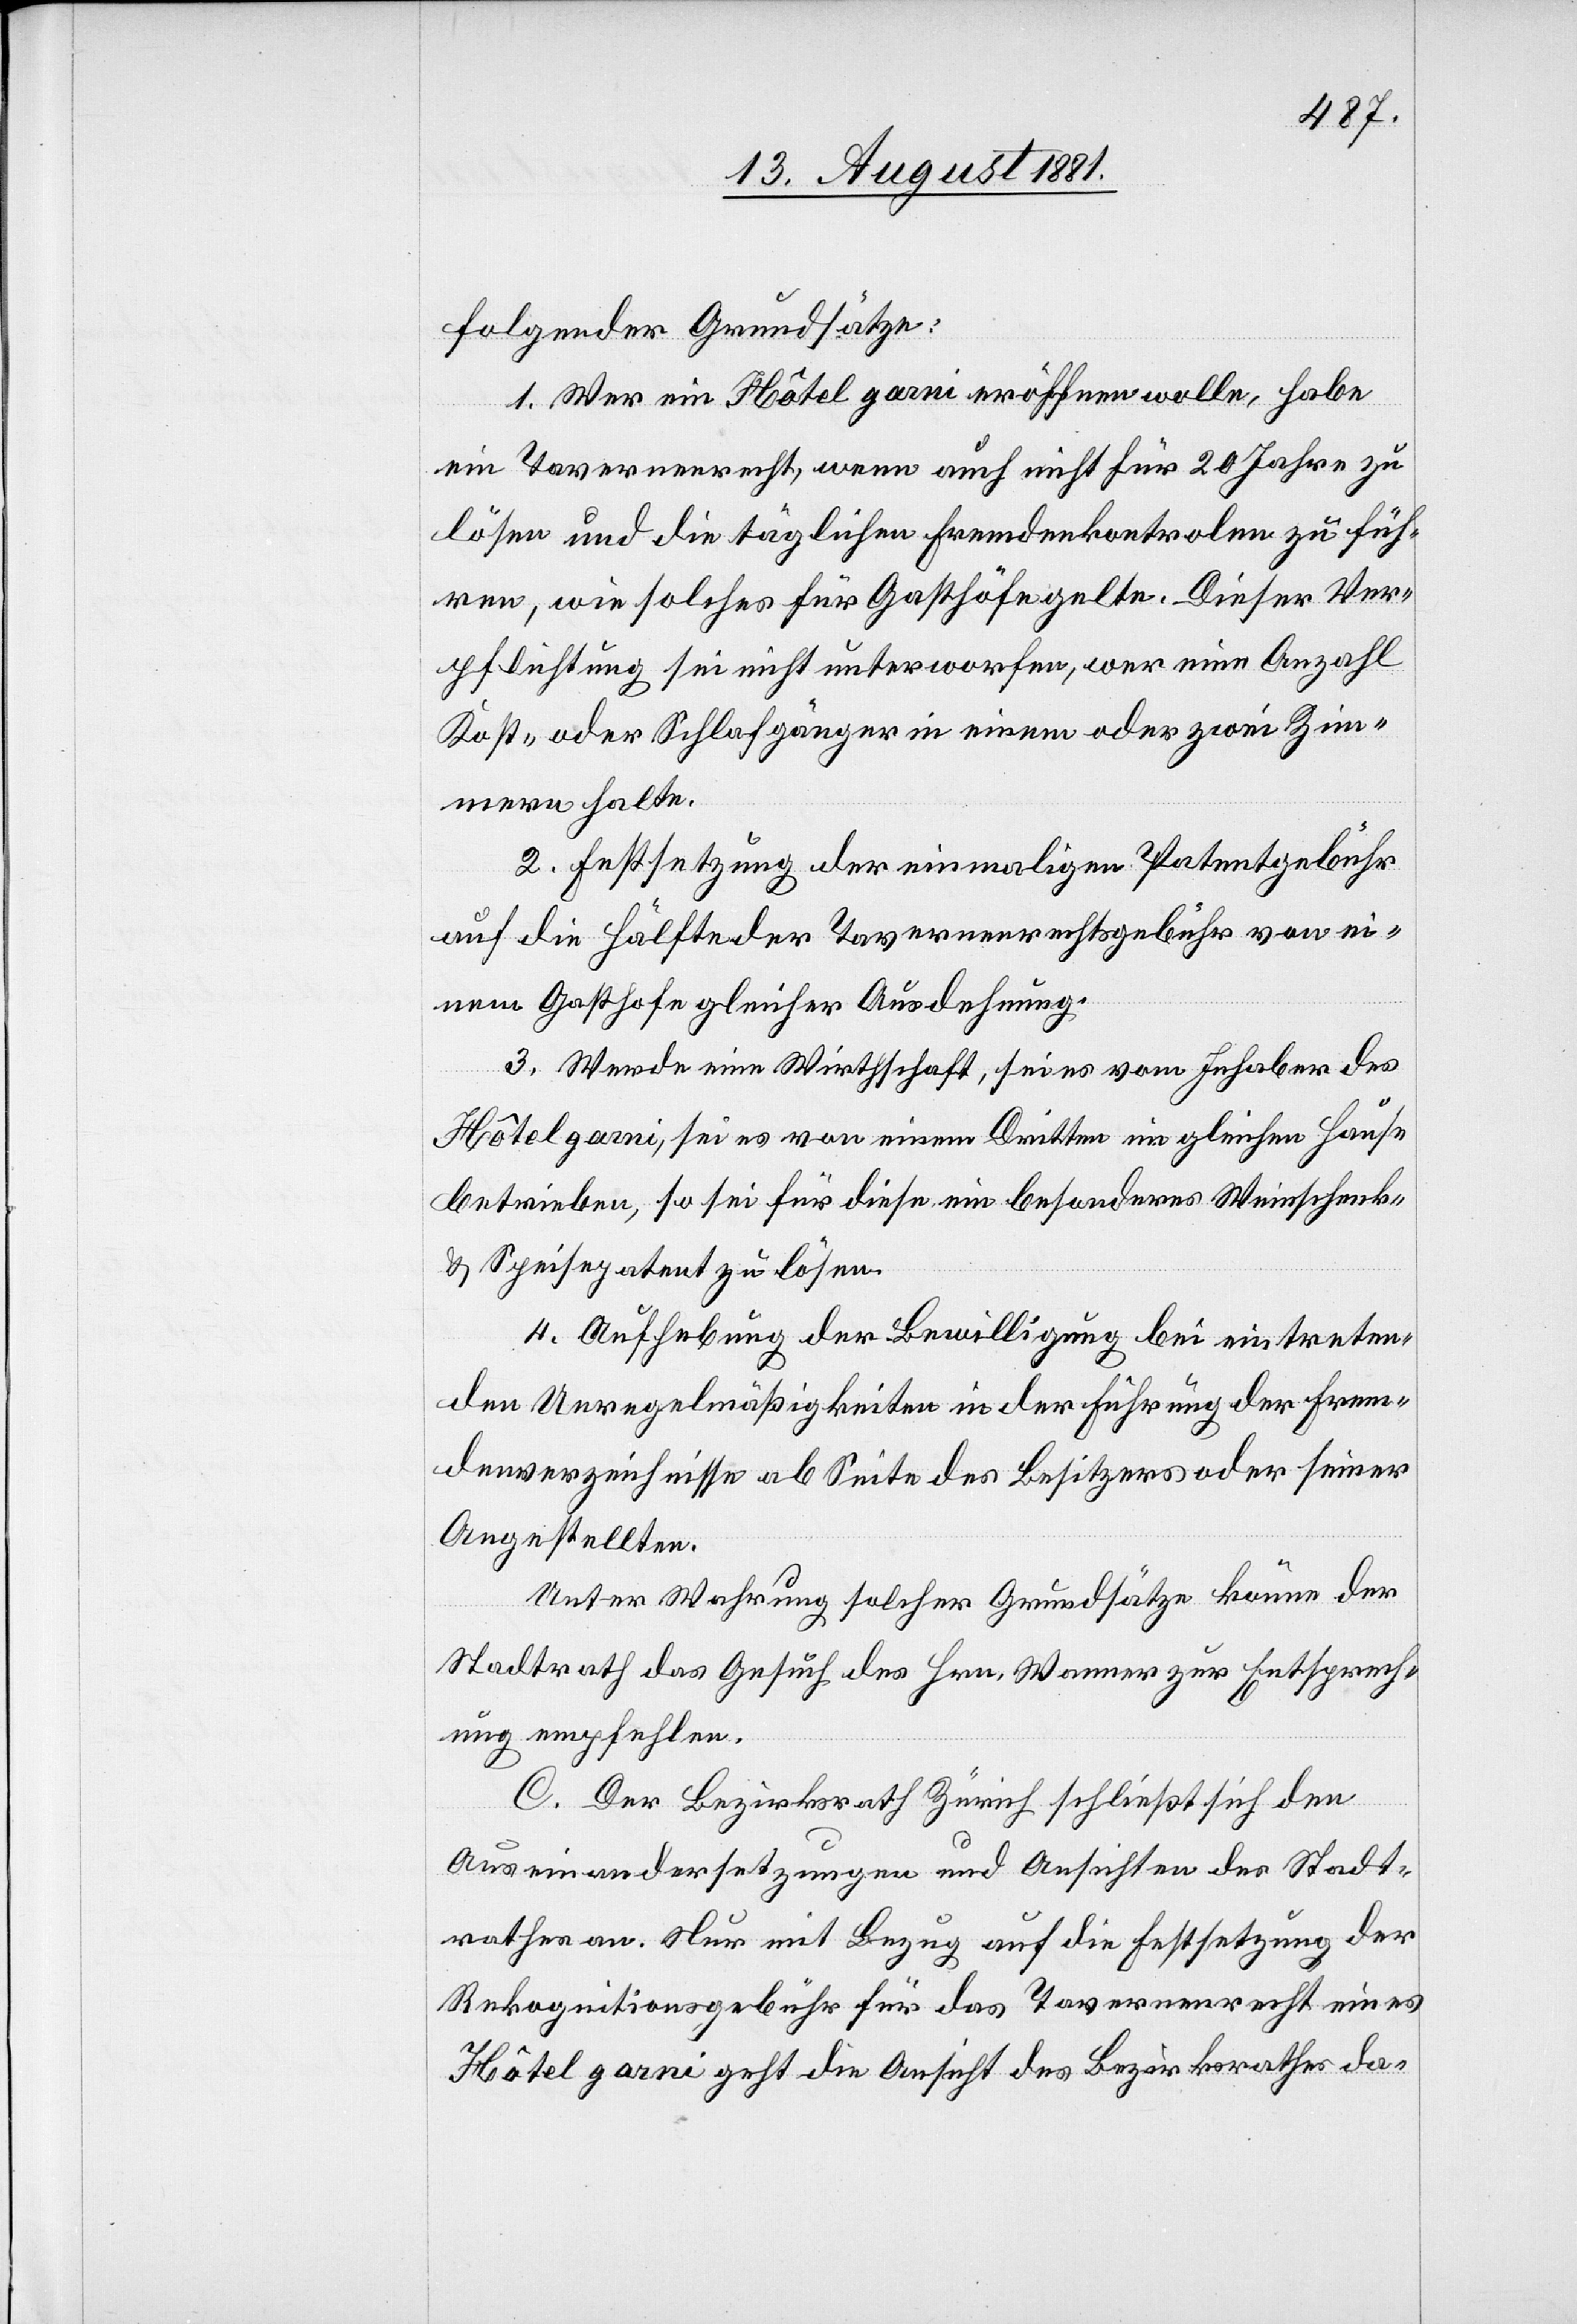
folgender Grundsätze:
1. Wer ein Hôtel garni eröffnen wolle, habe
ein Tavernenrecht, wenn nicht für 20 Jahre zu
lösen und die täglichen Fremdenkontrolen zu füh¬
ren, wie solches für Gasthöfe gelte. Dieser Ver¬
pflichtung sei nicht unterworfen, wer eine Anzahl
Kost- oder Schlafgänger in einem oder zwei Zim¬
mern halte.
2. Festsetzung der einmaligen Patentgebühr
auf die Hälfte der Tavernenrechtsgebühr von ei¬
nem Gasthofe gleicher Ausdehnung.
3. Werde eine Wirthschaft, sei es vom Inhaber des
Hôtel garni, sei es von einem Dritten im gleichen Hause
betrieben, so sei für diese ein besonderes Weinschenk-
& Speisepatent zu lösen.
4. Aufhebung der Bewilligung bei eintreten¬
den Unregelmäßigkeiten in der Führung der Frem¬
denverzeichnisse ab Seite des Besitzers oder seiner
Angestellten.
Unter Wehrung solcher Grundsätze könne der
Stadtrath das Gesuch des Hrn. Wanner zur Entsprech¬
ung empfehlen.
C. Der Bezirksrath Zürich schließt sich den
Auseinandersetzungen und Ansichten des Stadt¬
rathes an. Nur mit Bezug auf die Festsetzung der
Rekognitionsgebühr für das Tavernenrecht eines
Hôtel garni geht die Ansicht des Bezirksrathes da-